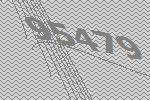
95479